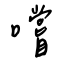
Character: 嚐